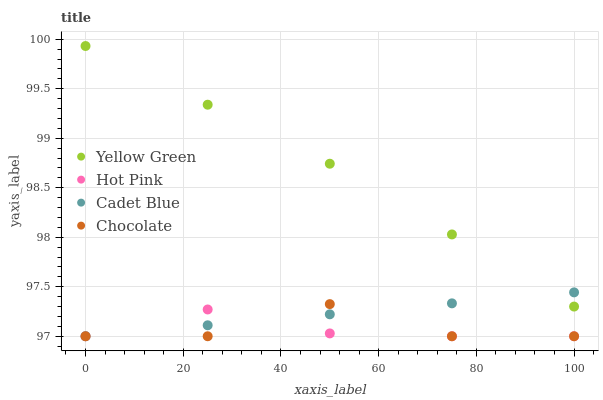
| xaxis_label | Yellow Green | Hot Pink | Cadet Blue | Chocolate |
 | --- | --- | --- | --- | --- |
 | 0 | 99.9 | 97 | 97 | 97 |
 | 25 | 99.3 | 97.3 | 97.1 | 97 |
 | 50 | 98.7 | 97 | 97.2 | 97.3 |
 | 75 | 98 | 97 | 97.3 | 97 |
 | 100 | 97.3 | 97 | 97.4 | 97 |